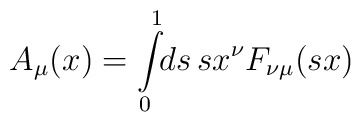
A_\mu(x) = \int\limits^1_0 \!\! ds \, s x^\nu F_{\nu\mu}(sx)